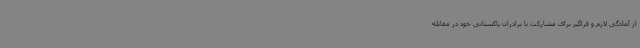
از آمادگی لازم و فراگیر برای مشارکت با برادران پاکستانی خود در مقابله